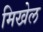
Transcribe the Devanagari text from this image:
मिखेल